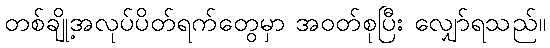
တစ်ချို့အလုပ်ပိတ်ရက်တွေမှာ အဝတ်စုပြီး လျှော်ရသည်။